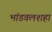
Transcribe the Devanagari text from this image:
भांडवलशहा